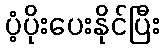
ပံ့ပိုးပေးနိုင်ပြီး